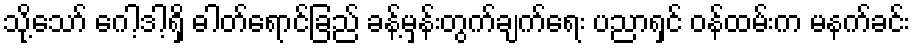
သို့သော် ဂေါ့ဒါ့ရှိ ဓါတ်ရောင်ခြည် ခန့်မှန်းတွက်ချက်ရေး ပညာရှင် ဝန်ထမ်းက မနက်ခင်း